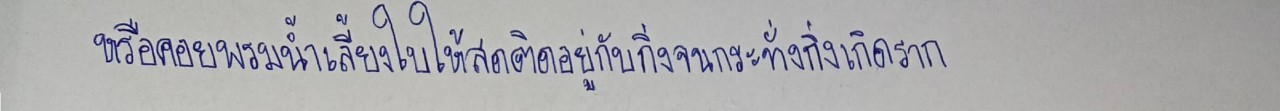
หรือคอยพรมน้ำเลี้ยงใบให้สดติดอยู่กับกิ่งจนกระทั่งกิ่งเกิดราก